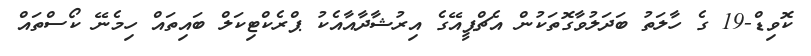
ކޮވިޑް-19 ގެ ހާލަތު ބަދަލުވާގޮތަކުން އެޗްޕީއޭގެ އިރުޝާދާއާއެކު ޕްރެކްޓިކަލް ބައިތައް ހިމެނޭ ކޯސްތައް